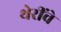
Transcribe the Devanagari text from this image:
थेरींचे